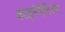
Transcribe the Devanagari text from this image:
काइनेमैटिक्स